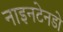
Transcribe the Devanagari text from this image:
नाइनटेनडो